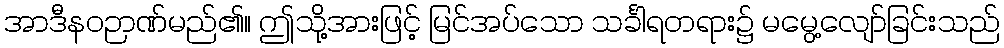
အာဒီနဝဉာဏ်မည်၏။ ဤသို့အားဖြင့် မြင်အပ်သော သင်္ခါရတရား၌ မမွေ့လျော်ခြင်းသည်